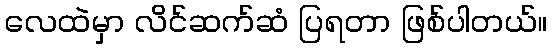
လေထဲမှာ လိင်ဆက်ဆံ ပြရတာ ဖြစ်ပါတယ်။